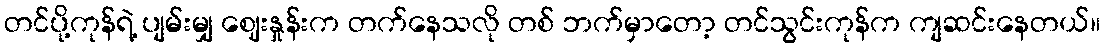
တင်ပို့ကုန်ရဲ့ ပျမ်းမျှ ဈေးနှုန်းက တက်နေသလို တစ် ဘက်မှာတော့ တင်သွင်းကုန်က ကျဆင်းနေတယ်။